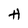
Character: H